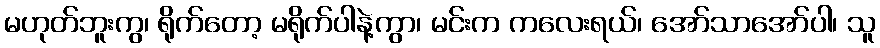
မဟုတ်ဘူးကွ၊ ရိုက်တော့ မရိုက်ပါနဲ့ကွာ၊ မင်းက ကလေးရယ်၊ အော်သာအော်ပါ၊ သူ